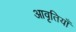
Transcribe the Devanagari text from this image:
आवृतियाँ